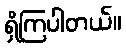
ရှိကြပါတယ်။